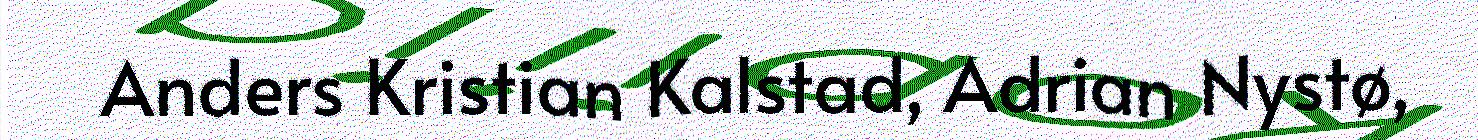
Anders Kristian Kalstad, Adrian Nystø,